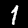
Label: 1